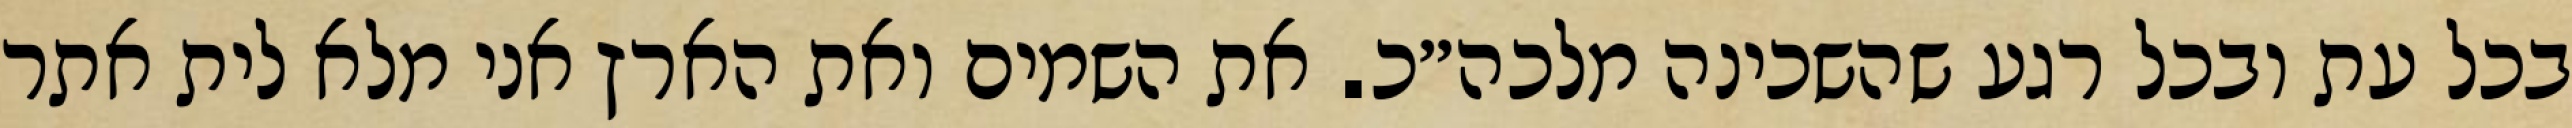
בכל עת ובכל רגע שהשכינה מלכה״כ. את השמים ואת הארץ אני מלא לית אתר